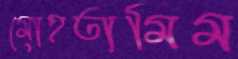
মোহতামিম